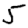
Digit: 5